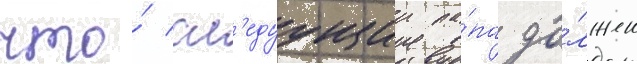
что́ сл'едуущии па́па до́лжен